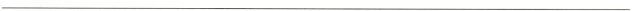
___